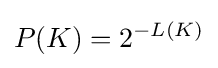
P(K)=2^{-L(K)}